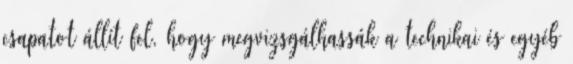
csapatot állít fel, hogy megvizsgálhassák a technikai és egyéb